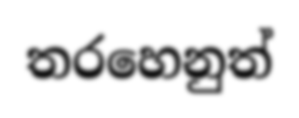
තරහෙනුත්